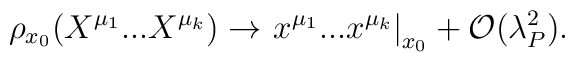
\rho_{x_0}(X^{\mu_1}...X^{\mu_k})\rightarrow \left.x^{\mu_1} ...x^{\mu_k} \right|_{x_0} + {\cal O}(\lambda_P^2).